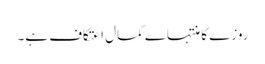
روزے کا منتہاے کمال اعتکاف ہے۔